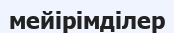
мейірімділер